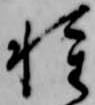
種